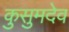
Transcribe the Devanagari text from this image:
कुसुमदेव